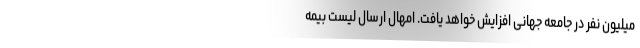
میلیون نفر در جامعه جهانی افزایش خواهد یافت. امهال ارسال لیست بیمه